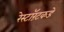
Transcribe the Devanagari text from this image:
रेस्टॉरंटकडे